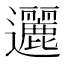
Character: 邐